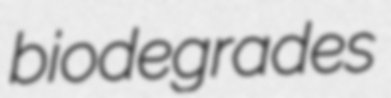
biodegrades